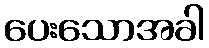
ပေးသောအခါ